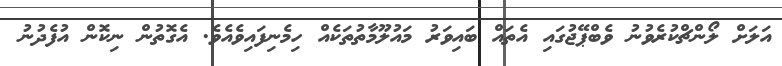
އަލަށް ލޯންޗްކުރެވުނު ވެބްޕޭޖުގައި އެތައް ބައިވަރު މައުލޫމާތުތަކެއް ހިމެނިފައިވެއެވެ. އެގޮތުން ނިކޮން އުފެދުނު